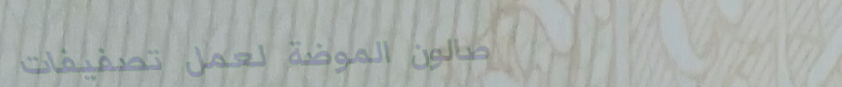
صالون الموضة لعمل تصفيفات